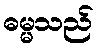
ဓမ္မသည်